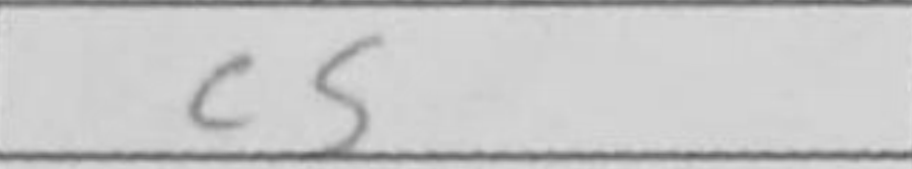
Transcription: c5